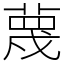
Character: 蔑